Lunatic asylums in Bengal annual reports 1888-1898 - 1888-1898
Year: 1888
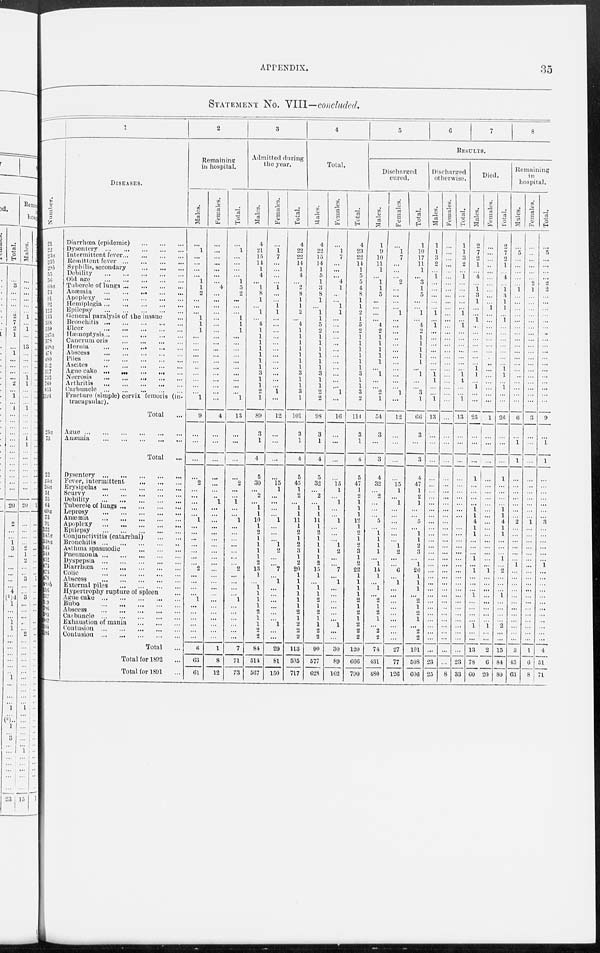
APPENDIX.
35
STATEMENT No. VIII—concluded.
Number.
21
22
23a
23b
29b
55
56
64a
73
91
92
122
133
338
539
217a
378
468a
478
480
512
517
152
760
853
1194
23a
73
22
23
26a
51
55
64
69a
73
91
122
147a
338a
345
349 452
473
475
478
480b
516
517
529
786
583
1007
1164
1186
1
DISEASES.
Diarrhœa (epidemic)
...
...
...
Dysentery
...
...
...
...
...
Intermittent fever
...
...
...
...
Remittent fever
...
...
...
...
Syphilis, secondary
...
...
...
Debility
...
...
...
...
...
Old age
...
...
...
...
...
Tubercle of lungs
...
...
...
...
Anæmia
...
...
...
...
...
Apoplexy
...
...
...
...
...
Hemiplegia
...
...
...
...
...
Epilepsy
...
...
...
...
...
General paralysis of the insane ...
Bronchitis
...
...
...
...
...
Ulcer
...
...
...
...
...
Hæmoptysis
...
...
...
...
...
Cancrum oris
...
...
...
...
Hernia
...
...
...
...
...
Abscess
...
...
...
...
...
Piles
...
...
...
...
...
Ascites
...
...
...
...
...
Ague cake ... ... ... ... ...
Necrosis
...
...
...
...
...
Arthritis
...
...
...
...
...
Carbuncle ... ... ... ... ...
Fracture (simple) cervix femoris (in-
tracapsular).
Total ...
Ague
...
...
...
...
...
...
Anæmia
...
...
...
...
...
...
Total ...
Dysentery
...
...
...
...
...
Fever, intermittent
...
...
...
Erysipelas
...
...
...
...
...
Scurvy
...
...
...
...
...
Debility
...
...
...
...
...
Tubercle of lungs ... ... ... ... ...
Leprosy
...
...
...
...
...
Anæmia
...
...
...
...
...
Apoplexy
...
...
...
...
...
Epilepsy
...
...
...
...
...
Conjunctivitis (catarrhal)
...
...
Bronchitis
...
...
...
...
...
Asthma spasmodic
...
...
...
Pneumonia
...
...
...
...
...
Dyspepsia
...
...
...
...
...
Diarrhœa
...
...
...
...
...
Colic
...
...
...
...
...
Abscess
...
...
...
...
...
External piles
...
...
...
...
Hypertrophy rupture of spleen ...
Ague cake ... ... ... ... ...
Bubo
...
...
...
...
...
Abscess
...
...
...
...
...
Carbuncle
...
...
...
...
...
Exhaustion of mania
...
...
...
Contusion
...
...
...
...
...
Contusion
...
...
...
...
...
Total ...
Total for 1892 ...
Total for 1891 ...
2
Remaining
in hospital.
Males.
...
1
...
...
...
...
1
1
2
...
...
...
1
1
1
...
...
...
...
...
...
...
...
...
...
1
9
...
...
...
...
2
...
...
...
...
...
1
...
...
...
...
...
...
...
2
...
...
...
...
1
...
...
...
...
...
...
6
63
61
Females.
...
...
...
...
...
...
...
4
...
...
...
...
...
...
...
...
...
...
...
...
...
...
...
...
...
...
4
...
...
...
...
...
...
...
1
...
...
...
...
...
...
...
...
...
...
...
...
...
...
...
...
...
...
...
...
...
...
1
8
12
Total.
...
1
...
...
...
...
1
5
2
...
...
...
1
1
1
...
...
...
...
...
...
...
...
...
...
1
13
...
...
...
...
2
...
...
1
...
...
1
...
...
...
...
...
...
...
2
...
...
...
...
1
...
...
...
...
...
...
7
71
73
3
Admitted during
the year.
Males.
4
21
15
14
1
4
...
1
8
1
...
1
...
4
1
1
1
1
1
1
1
3
1
1
2
1
89
3
1
4
5
30
...
2
...
1
1
10
1
2
1
1
1
1
2
13
1
...
1
1
1
1
2
1
1
2
2
84
514
567
Females.
...
1 7
...
...
...
...
1
...
...
1
1
...
...
...
...
...
...
...
...
...
...
...
1 ...
...
12
...
...
...
...
15
1
...
...
...
...
1
...
...
...
1
2
...
...
7
...
1
...
...
...
...
...
...
1
...
...
29
81
150
Total.
4
22
22
14
1
4
2
8
1
1
2
...
4
1
1
1
1
1
1
1
3
1
1
3
1
101
3
1
4
5
45
1
2
...
1
1
11
1
2
1
2
3
1
2
20
1
1
1
1
1
1
2
1
2
2
2
113
595
717
4
Total.
Males.
4
22
15
14
1
5
1
3
8
1
...
1
1
5
2
1
1
1
1
1
1
3
1
1
2
2
98
3
1
4
5
32
...
2
...
1
1
11
1
2
1
1
1
1
2
15
1
...
1
1
2
1
2
1
1
2
2
90
577
628
Females.
...
1
7
...
...
...
4
1
...
...
1
1
...
...
...
...
...
...
...
...
...
...
...
... ...
...
10
...
...
...
...
15
1
...
1
...
...
1
...
...
...
1
2
...
...
7
...
1
...
...
...
...
...
...
1
...
...
30
89
162
Total.
4
23
22
14
1
5
5
4
8
1
1
2
1
5
2
1
1
1
1
1
1
3
1
1
3
2
114
3
1
4
5
47
1
2
1
1
1
12
1
2
1
2
3
1
2
22
1
1
1
1
2
1
2
1
2
2
2
120
666
790
5
6
7
8
RESULTS.
Discharged
cured.
Males.
1
9
10
11
1
...
1
1
5
...
...
...
...
4
2
1
1
1
1
1
...
1
...
... ...
1
54
3
...
3
4
32
...
2
...
...
...
5
...
1
1
1
1
...
1
14
1
...
1
...
2
1
2
1
...
2
2
74
431
480
Females.
...
1
7
...
...
...
2
...
...
...
...
1
...
...
...
...
...
...
...
...
...
...
...
... ...
...
12
...
...
...
...
15
1
...
1
...
...
...
...
...
...
1
2
...
...
6
...
1
...
...
...
...
...
...
...
...
...
27
77
126
Total.
1
10
17
11
1
...
3
1
5
...
...
1
...
4
2
1
1
1
1
1
...
1
...
... ...
1
66
3
...
3
4
47
1
2
1
...
...
5
...
1
1
2
3
...
1
20
1
1
1
...
2
1
...
1
...
2
2
101
508
606
Discharged
otherwise.
Males.
1
1
3
2
...
1
...
...
...
...
...
1
...
1
...
...
...
...
...
...
...
1 1
...
...
1
13
...
...
...
...
...
...
...
...
...
...
...
...
...
...
...
...
...
...
...
...
...
...
...
...
...
...
...
...
...
...
...
23
25
Females.
...
...
...
...
...
...
...
...
...
...
...
...
...
...
...
...
...
...
...
...
...
...
...
...
...
...
...
...
...
...
...
...
...
...
...
...
...
...
...
...
...
...
...
...
...
...
...
...
...
...
...
...
...
...
...
...
...
...
...
8
Total.
1
1
3
2
...
1
...
...
...
...
...
1
...
1
...
...
...
...
...
...
...
1
1
...
...
1
13
...
...
...
...
...
...
...
...
...
...
...
...
...
...
...
...
...
...
...
...
...
...
...
...
...
...
...
...
...
...
...
23
33
Died.
Males.
2
7
2
1
...
4
...
1
3
1
...
...
1
...
...
...
...
...
...
...
1
1
...
1
...
...
25
...
...
...
1
...
...
...
...
1
1
4
1
1
...
...
...
1
...
1
...
...
...
1
...
...
...
...
1
...
...
13
78
60
Females.
...
...
...
...
...
...
...
...
...
...
1
...
...
...
...
...
...
...
...
...
...
...
...
...
...
...
1
...
...
...
...
...
...
...
...
...
...
...
...
...
...
...
...
...
...
1
...
...
...
...
...
...
...
...
1
...
...
2
6
20
Total.
2
7
2
1
...
4
...
1
3
1
1
...
1
...
...
...
...
...
...
...
1
1
...
1
...
...
26
...
...
...
1
...
...
...
...
1 1
4
1
1
...
...
...
1
...
...
...
...
...
1
...
...
...
...
2
...
...
15
84
80
Remaining
in
hospital.
Males.
...
5
...
...
...
...
...
...
...
...
...
...
...
...
...
...
...
...
...
...
...
...
...
...
...
...
6
...
1
1
...
...
...
...
...
...
...
2
...
...
...
...
...
...
1
...
...
...
...
...
...
...
...
...
...
...
...
3
45
63
Females.
...
...
...
...
...
...
2
1
...
...
...
...
...
...
...
...
...
...
...
...
...
...
...
...
...
...
3
...
...
...
...
...
...
...
...
...
...
1
...
...
...
...
...
...
...
...
...
...
...
...
...
...
...
...
...
...
...
1
6
8
Total.
...
5
...
...
...
...
2
2
...
...
...
...
...
...
...
...
...
...
...
...
...
...
...
...
...
...
9
...
1
1
...
...
...
...
...
...
...
3
...
...
...
...
...
...
1
...
...
...
...
...
...
...
...
...
...
...
...
4
51
71